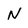
Character: N